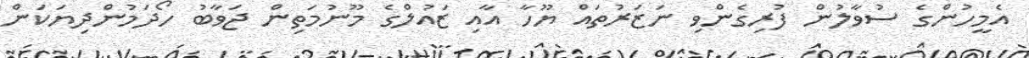
އެމީހުންގެ ސުވާލުން ފުރިގެންވި ނަޒަރުތައް ޔޫހާ އާއި ޒައުލްގެ މޫނުމަތިން ޖަވާބު ހޯދަމުންދިޔަކަން